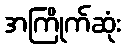
အကြိုက်ဆုံး